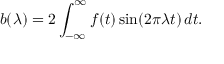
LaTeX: b ( \lambda ) = 2 \int _ { - \infty } ^ { \infty } f ( t ) \sin ( 2 \pi \lambda t ) \, d t .